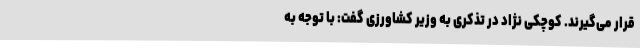
قرار می‌گیرند. کوچکی نژاد در تذکری به وزیر کشاورزی گفت: با توجه به